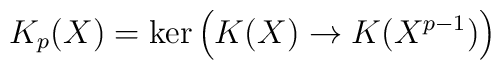
K_p(X) = \ker \Big( K(X) \to K(X^{p-1}) \Big)